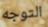
التوجه